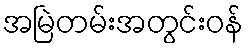
အမြဲတမ်းအတွင်းဝန်